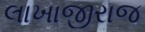
લાખાજીરાજ